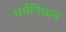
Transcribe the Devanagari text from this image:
धर्मनिधानें